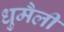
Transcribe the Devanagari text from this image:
धुमैली